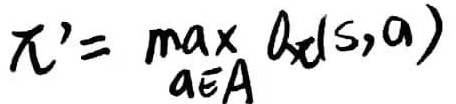
$\pi'= \max_{a\in A} q_\pi(s,a)$